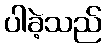
ပါခဲ့သည်